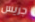
جريس